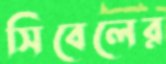
সিবেলের